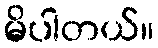
မိပါတယ်။